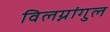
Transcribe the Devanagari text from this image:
विलग्नांगुल